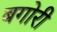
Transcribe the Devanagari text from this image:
बगोरी